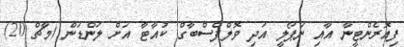
ފިއޮރެންޓީނާ އާއި ނަޕޯލީ އަދި ވޮލްފްސްބާގް ކުއާޓާ އަށް ލަންޑަން (މާޗް 20)